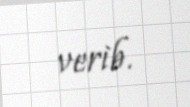
verib.